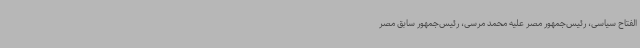
الفتاح سیاسی، رئیس‌جمهور مصر علیه محمد مرسی، رئیس‌جمهور سابق مصر